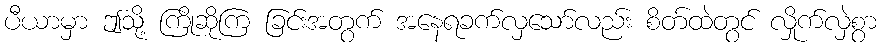
ပီယာမှာ ဤသို့ ကြိုဆိုကြ ခြင်းအတွက် အနေရခက်လှသော်လည်း စိတ်ထဲတွင် လှိုက်လှဲစွာ